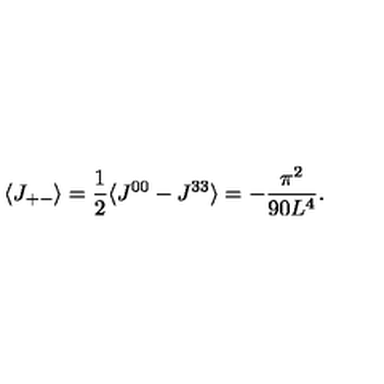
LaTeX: \langle J _ { + - } \rangle = \frac { 1 } { 2 } \langle J ^ { 0 0 } - J ^ { 3 3 } \rangle = - \frac { \pi ^ { 2 } } { 9 0 L ^ { 4 } } .